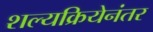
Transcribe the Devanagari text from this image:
शल्यक्रियेनंतर